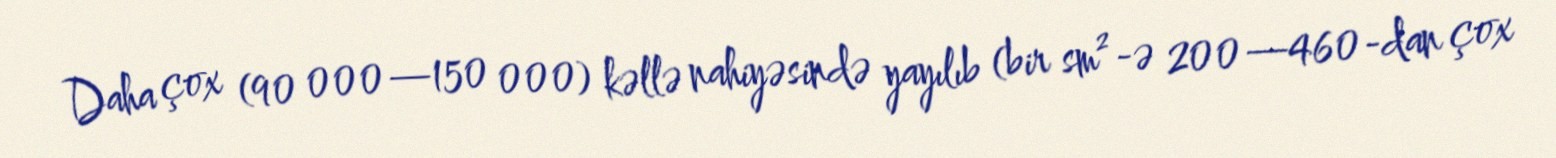
Daha çox (90 000—150 000) kəllə nahiyəsində yayılıb (bir sm²-ə 200—460-dan çox